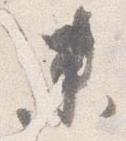
未